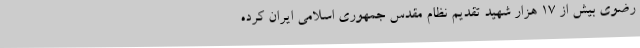
رضوی بیش از 17 هزار شهید تقدیم نظام مقدس جمهوری اسلامی ایران کرده